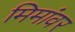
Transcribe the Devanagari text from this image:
मिमांवर